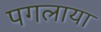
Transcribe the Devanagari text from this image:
पगलाया